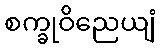
စက္ခုဝိညေယျံ